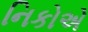
નિકોએ